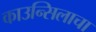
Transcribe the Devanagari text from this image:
काउन्सिलाचा